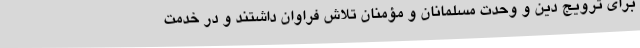
برای ترویج دین و وحدت مسلمانان و مؤمنان تلاش فراوان داشتند و در خدمت